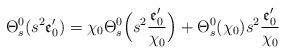
LaTeX: \begin{align*}\Theta_s^0(s^2\mathfrak{e}'_0)=\chi_0 \Theta_s^0\Big(s^2\frac{\mathfrak{e}'_0}{\chi_0}\Big)+\Theta_s^0(\chi_0)s^2\frac{\mathfrak{e}'_0}{\chi_0}\end{align*}